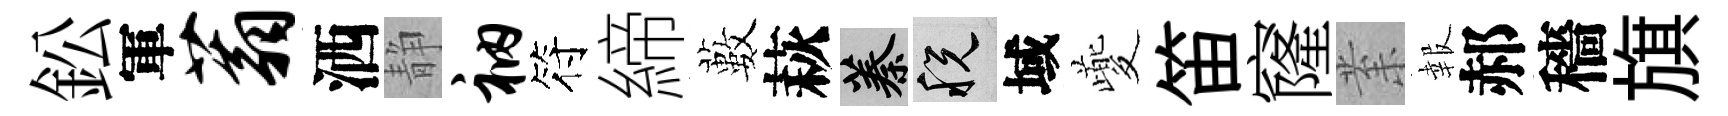
鈆軍蓊洒静衲符締藪萩蓁税域夔笛窿𭪙報郝穡旗